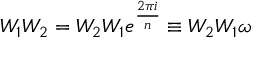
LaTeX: W _ { 1 } W _ { 2 } = W _ { 2 } W _ { 1 } e ^ { \frac { 2 \pi i } { n } } \equiv W _ { 2 } W _ { 1 } \omega